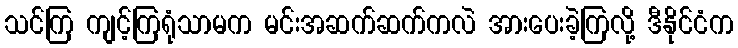
သင်ကြ ကျင့်ကြရုံသာမက မင်းအဆက်ဆက်ကလဲ အားပေးခဲ့ကြလို့ ဒီနိုင်ငံက